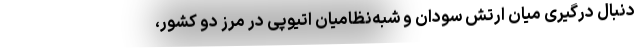
دنبال درگیری میان ارتش سودان و شبه‌نظامیان اتیوپی در مرز دو کشور،